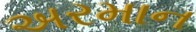
અરમાન